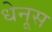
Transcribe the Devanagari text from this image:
धेनूस